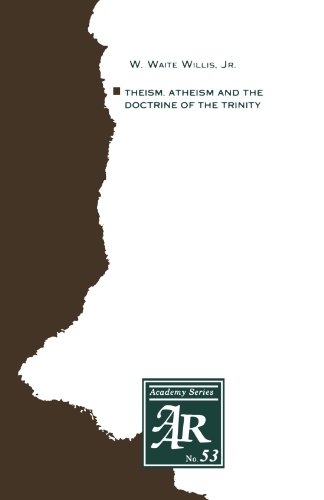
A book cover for Theism, Atheism and the Doctrine of the Trinity: The Trinitarian Theologies of Karl Barth and JÃ¼rgen Moltmann in Response to Protest Atheism (AAR Academy Series); W. Waite Willis; Religion & Spirituality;